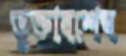
ভুক্তাবশেষ